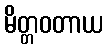
မိတ္တဝတာယ